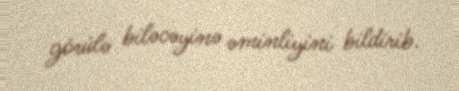
görülə biləcəyinə əminliyini bildirib.